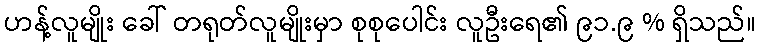
ဟန့်လူမျိုး ခေါ် တရုတ်လူမျိုးမှာ စုစုပေါင်း လူဦးရေ၏ ၉၁.၉ % ရှိသည်။